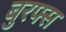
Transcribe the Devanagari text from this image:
बुरफ्स